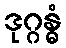
ဒုဂ္ဂန္ဓံ